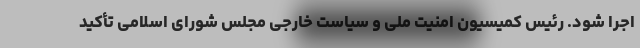
اجرا شود. رئیس کمیسیون امنیت ملی و سیاست خارجی مجلس شورای اسلامی تأکید